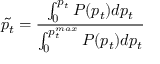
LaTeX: \tilde { p _ { t } } = \frac { \int _ { 0 } ^ { p _ { t } } P ( p _ { t } ) d p _ { t } } { \int _ { 0 } ^ { p _ { t } ^ { m a x } } P ( p _ { t } ) d p _ { t } }